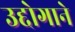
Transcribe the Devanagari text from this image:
उद्दोगाने